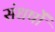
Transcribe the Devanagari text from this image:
संधर्षों